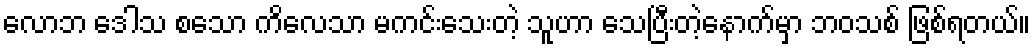
လောဘ ဒေါသ စသော ကိလေသာ မကင်းသေးတဲ့ သူဟာ သေပြီးတဲ့နောက်မှာ ဘဝသစ် ဖြစ်ရတယ်။